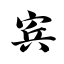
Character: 宾